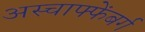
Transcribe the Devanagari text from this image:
अस्चाफ्फेंबर्ग